Vaccination in Bombay 1874-1876 - 1874-1876
Year: 1874
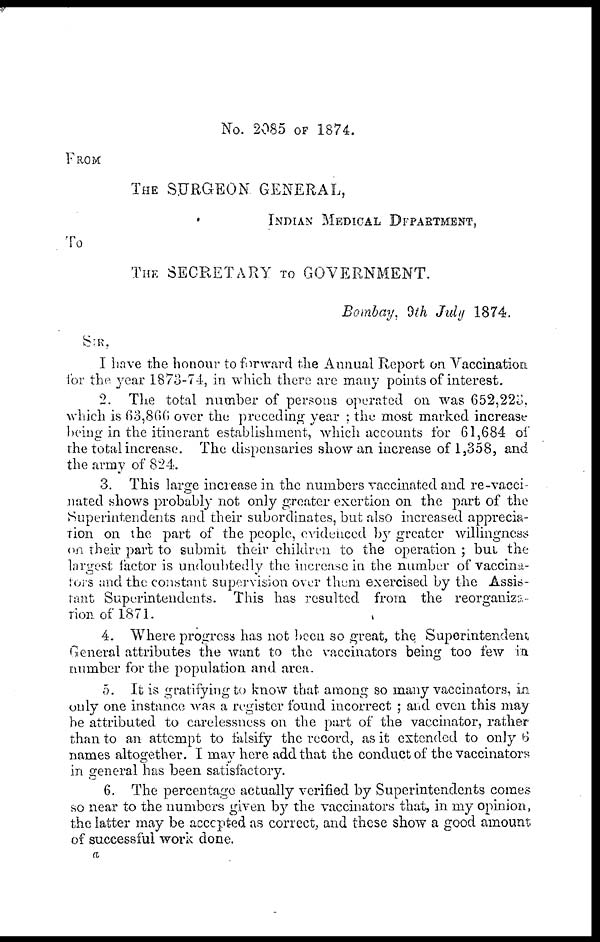
No. 2085 OF 1874.
FROM
THE SURGEON GENERAL,
INDIAN MEDICAL DEPARTMENT,
To
THE SECRETARY TO GOVERNMENT.
Bombay, 9th July 1874.
I have the honour to forward the Annual Report on Vaccination
for the year 1873-74, in which there are many points of interest.
2. The total number of persons operated on was 652,223,
which is 63,866 over the preceding year ; the most marked increase
being in the itinerant establishment, which accounts for 61,684 of
the total increase. The dispensaries show an increase of 1,358, and
the army of 824.
3. This large increase in the numbers vaccinated and re-vacci-
nated shows probably not only greater exertion on the part of the
Superintendents and their subordinates, but also increased apprecia-
tion on the part of the people, evidenced by greater willingness
on their part to submit their children to the operation ; but the
largest factor is undoubtedly the increase in the number of vaccina-
tors and the constant supervision over them exercised by the Assis-
tant Superintendents. This has resulted from the reorganiza-
tion of 1871.
4. Where progress has not been so great, the Superintendent
General attributes the want to the vaccinators being too few in
number for the population and area.
5. It is gratifying to know that among so many vaccinators, in.
only one instance was a register found incorrect ; and even this may
be attributed to carelessness on the part of the vaccinator, rather
than to an attempt to falsify the record, as it extended to only 6
names altogether. I may here add that the conduct of the vaccinators
in general has been satisfactory.
6. The percentage actually verified by Superintendents comes
so near to the numbers given by the vaccinators that, in my opinion,
the latter may be accepted as correct, and these show a good amount
of successful work done.
a